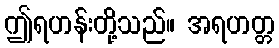
ဤရဟန်းတို့သည်။ အရဟတ္တ